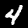
Digit: 4